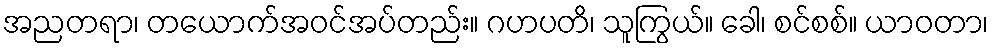
အညတရာ၊ တယောက်အဝင်အပ်တည်း။ ဂဟပတိ၊ သူကြွယ်။ ခေါ၊ စင်စစ်။ ယာဝတာ၊